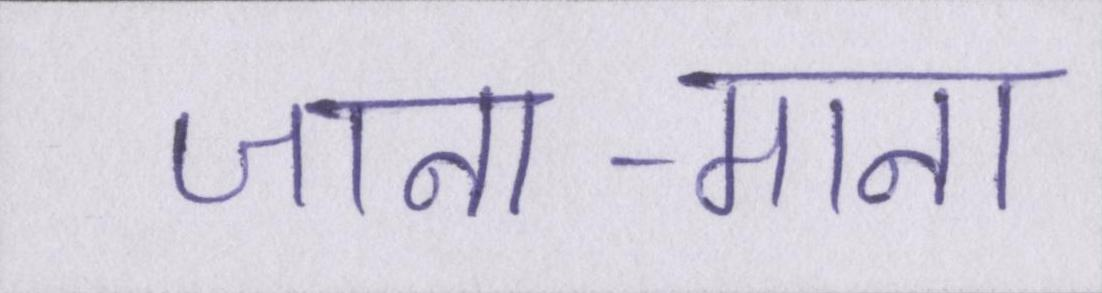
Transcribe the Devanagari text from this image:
जाना-माना